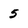
Character: 5